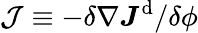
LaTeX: \mathcal{J}\equiv-{\delta\nabla\boldsymbol{J}^{\mathrm{d}}}/{\delta\phi}